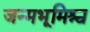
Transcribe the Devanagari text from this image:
जन्मभूमिश्च